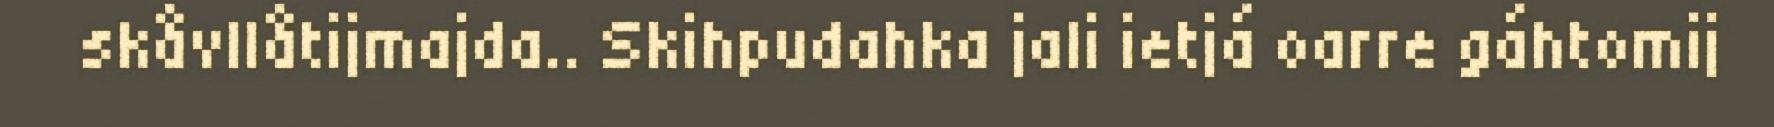
skåvllåtijmajda.. Skihpudahka jali ietjá oarre gáhtomij